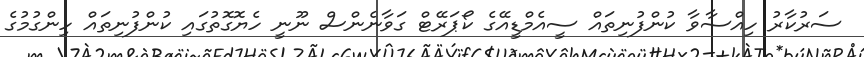
ސަރުކާރު ހިއްސާވާ ކުންފުނިތައް ސީއެމްޑީއޭގެ ކޯޕަރޭޓް ގަވާނެންސް ނޫނީ ހެޔޮގޮތުގައި ކުންފުނިތައް ހިންގުމުގެ